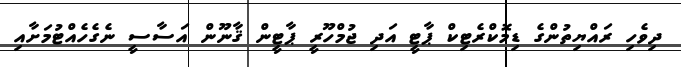
ދިވެހި ރައްޔިތުންގެ ޑިމޮކްރެޓިކް ޕާޓީ އަދި ޖުމްހޫރީ ޕާޓީން ޤާނޫން އަސާސީ ނެގެހެއްޓުމަށާއި